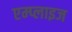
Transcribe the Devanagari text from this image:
एम्प्लाइज